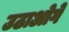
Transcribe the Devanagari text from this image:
उठाओगे